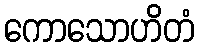
ကောသောဟိတံ